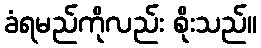
ခံရမည်ကိုလည်း စိုးသည်။